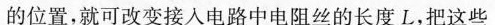
的位置，就可改变接人电路中电阻丝的长度L，把这些